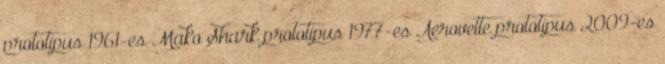
prototípus 1961-es Mako Shark prototípus 1977-es Aerovette prototípus 2009-es